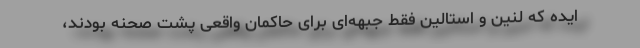
ایده که لنین و استالین فقط جبهه‌ای برای حاکمان واقعی پشت صحنه بودند،